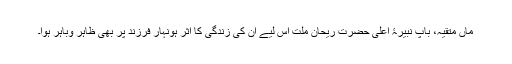
ماں متقیہ، باپ نبیرۂ اعلیٰ حضرت ریحان ملت اس لیے ان کی زندگی کا اثر ہونہار فرزند پر بھی ظاہر وباہر ہوا۔